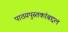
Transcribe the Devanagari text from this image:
पाठय़पुस्तकांबद्दल